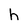
Character: h